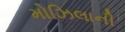
મોઝિલાની